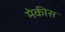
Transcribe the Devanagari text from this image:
मेकीस